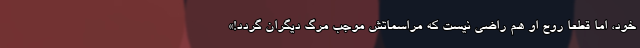
خود، اما قطعا روح او هم راضی نیست که مراسماتش موجب مرگ دیگران گردد!»